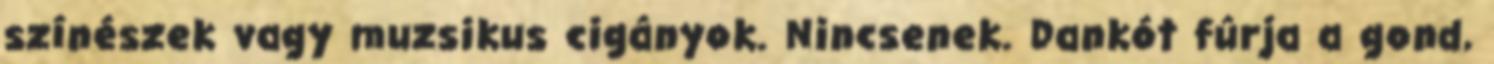
színészek vagy muzsikus cigányok. Nincsenek. Dankót fúrja a gond,